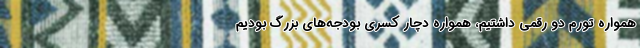
همواره تورم دو رقمی داشتیم، همواره دچار کسری بودجه‌های بزرگ بودیم